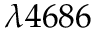
\lambda 4 6 8 6